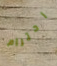
احترام